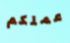
عملكم